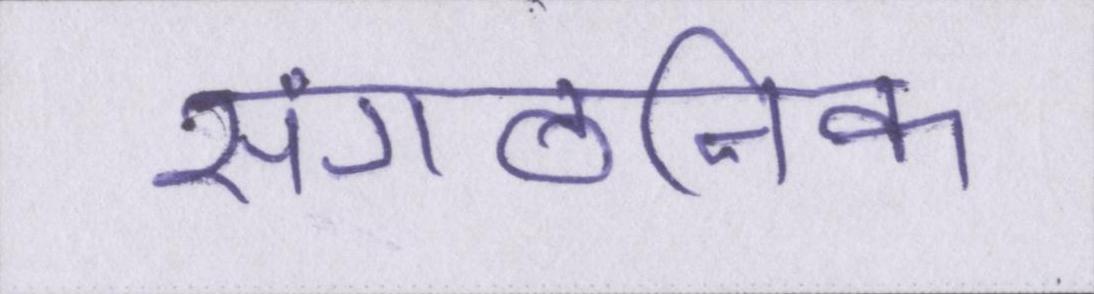
सांगठनिक